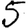
Digit: 5